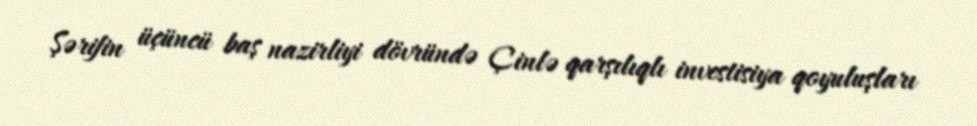
Şərifin üçüncü baş nazirliyi dövründə Çinlə qarşılıqlı investisiya qoyuluşları